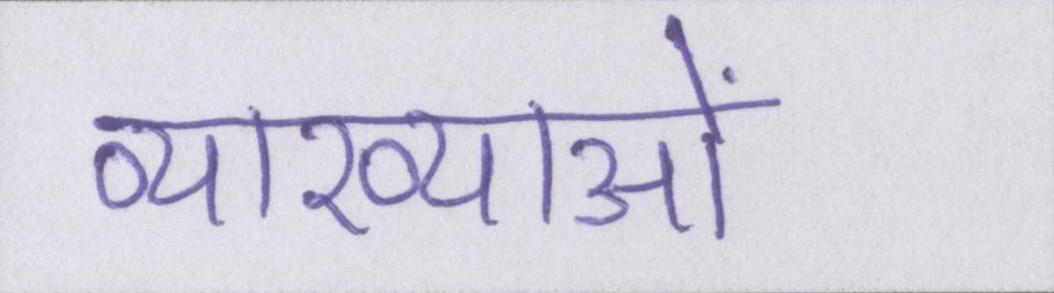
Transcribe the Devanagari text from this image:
व्याख्याओं